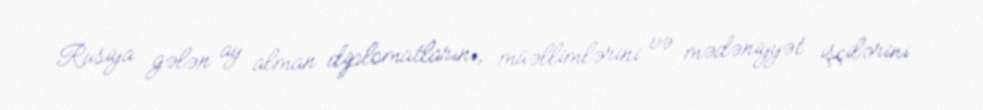
Rusiya gələn ay alman diplomatlarını, müəllimlərini və mədəniyyət işçilərini